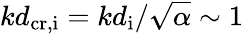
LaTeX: kd_{\mathrm{cr,i}}=kd_{\mathrm{i}}/\sqrt{\alpha}\sim 1